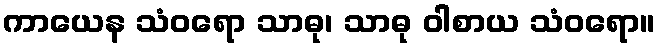
ကာယေန သံဝရော သာဓု၊ သာဓု ဝါစာယ သံဝရော။